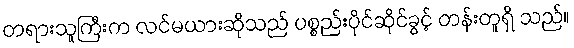
တရားသူကြီးက လင်မယားဆိုသည် ပစ္စည်းပိုင်ဆိုင်ခွင့် တန်းတူရှိ သည်။